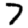
Digit: 7